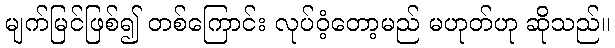
မျက်မြင်ဖြစ်၍ တစ်ကြောင်း လုပ်ဝံ့တော့မည် မဟုတ်ဟု ဆိုသည်။